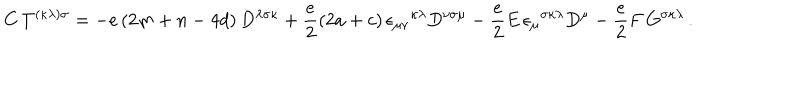
LaTeX: C \, T ^ { ( \kappa \lambda ) \sigma } = - e \left( 2 m + n - 4 d \right) D ^ { \lambda \sigma \kappa } + \frac { e } { 2 } \left( 2 a + c \right) \epsilon _ { \mu \nu } { } ^ { \kappa \lambda } D ^ { \nu \sigma \mu } - \frac { e } { 2 } E \, \epsilon _ { \mu } { } ^ { \sigma \kappa \lambda } D ^ { \mu } - \frac { e } { 2 } F \, G ^ { \sigma \kappa \lambda } \, .